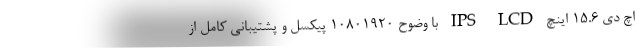
اچ دی 15.6 اینچ IPS LCD با وضوح 10801920 پیکسل و پشتیبانی کامل از